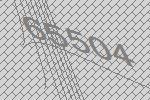
65504